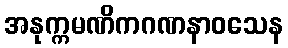
အနုက္ကမဏိကဂဏနာဝသေန